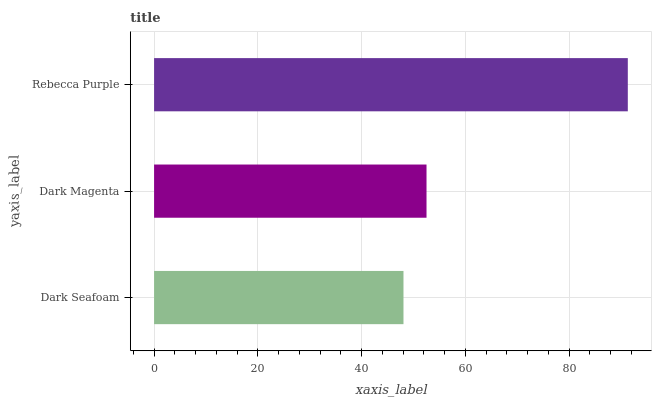
| yaxis_label | bars |
 | --- | --- |
 | Dark Seafoam | 48.1 |
 | Dark Magenta | 52.5 |
 | Rebecca Purple | 91.3 |